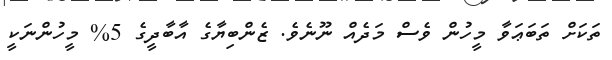
ތަކަށް ތަބަޢަވާ މީހުން ވެސް މަދެއް ނޫނެވެ. ޒެންބިޔާގެ އާބާދީގެ 5% މީހުންނަކީ